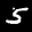
Label: 5